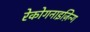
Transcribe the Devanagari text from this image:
रेकोगनाइज़िन्ग